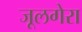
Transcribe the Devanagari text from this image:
जूलगेरा